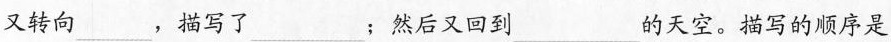
又转向\underline，描写了\underline；然后又回到\underline的天空。描写的顺序是